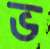
ভ